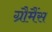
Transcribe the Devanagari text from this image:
ग्रौमैंस